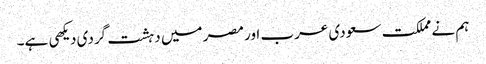
ہم نے مملکت سعودی عرب اور مصر میں دہشت گردی دیکهی ہے۔